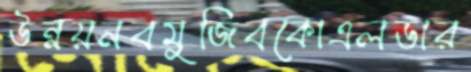
উন্নয়নবমুজিবকোএলডার